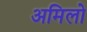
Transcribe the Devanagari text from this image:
अमिलो